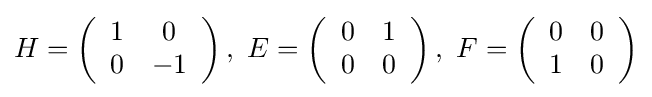
H=\left({\begin{array}{cc}1&0\\0&-1\end{array}}\right),\ E=\left({\begin{array}{cc}0&1\\0&0\end{array}}\right),\ F=\left({\begin{array}{cc}0&0\\1&0\end{array}}\right)